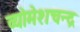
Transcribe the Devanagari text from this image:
व्योमेशचन्द्र